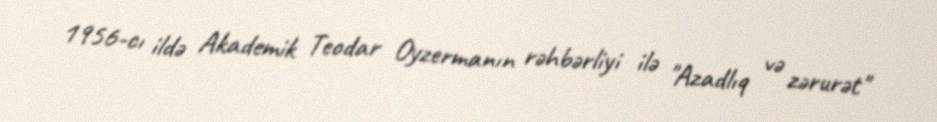
1956-cı ildə Akademik Teodar Oyzermanın rəhbərliyi ilə "Azadlıq və zərurət"